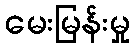
မေးမြန်းမှု